Indian journal of veterinary science and animal husbandry - Volume 12,
Year: 1942
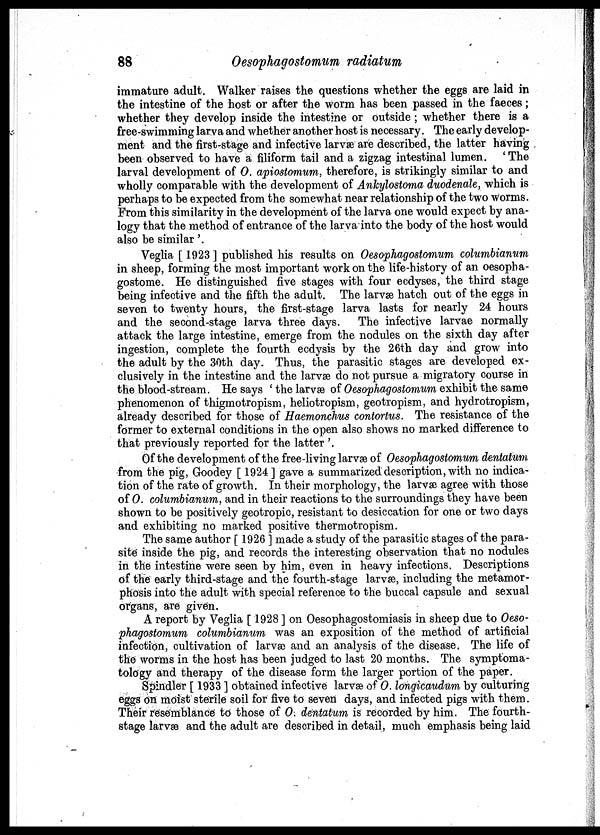
88
Oesophagostomum radiatum
immature adult. Walker raises the questions whether the eggs are laid in
the intestine of the host or after the worm has been passed in the faeces;
whether they develop inside the intestine or outside ; whether there is a
free -swimming larva and whether another host is necessary. The early develop-
ment and the first-stage and infective larvæ are described, the latter having
been observed to have a filiform tail and a zigzag intestinal lumen. ' The
larval development of O. apiostomum, therefore, is strikingly similar to and
wholly comparable with the development of Ankylostoma duodenale, which is
perhaps to be expected from the somewhat near relationship of the two worms.
From this similarity in the development of the larva one would expect by ana-
logy that the method of entrance of the larva into the body of the host would
also be similar'.
Veglia [ 1923 ] published his results on Oesophagostomum columbianum
in sheep, forming the most important work on the life-history of an oesopha¬
gostome. He distinguished five stages with four ecdyses, the third stage
being infective and the fifth the adult. The larvæ hatch out of the eggs in
seven to twenty hours, the first-stage larva lasts for nearly 24 hours
and the second-stage larva three days. The infective larvae normally
attack the large intestine, emerge from the nodules on the sixth day after
ingestion, complete the fourth ecdysis by the 26th day and grow into
the adult by the 30th day. Thus, the parasitic stages are developed ex-
clusively in the intestine and the larvae do not pursue a migratory course in
the blood-stream. He says ' the larvæ of Oesophagostomum exhibit the same
phenomenon of thigmotropism, heliotropism, geotropism, and hydrotropism,
already described for those of Haemonchus contortus. The resistance of the
former to external conditions in the open also shows no marked difference to
that previously reported for the latter '.
Of the development of the free-living larvæ of Oesophagostomum dentatum
from the pig, Goodey [ 1924] gave a summarized description, with no indica-
tion of the rate of growth. In their morphology, the larvæ agree with those
of O. columbianum, and in their reactions to the surroundings they have been
shown to be positively geotropic, resistant to desiccation for one or two days
and exhibiting no marked positive thermotropism.
The same author [ 1926 ] made a study of the parasitic stages of the para-
site inside the pig, and records the interesting observation that no nodules
in the intestine were seen by him, even in heavy infections. Descriptions
of the early third-stage and the fourth-stage larvæ, including the metamor-
phosis into the adult with special reference to the buccal capsule and sexual
organs, are given.
A report by Veglia [ 1928 ] on Oesophagostomiasis in sheep due to Oeso-
phagostomum columbianum was an exposition of the method of artificial
infection, cultivation of larvæ and an analysis of the disease. The life of
the worms in the host has been judged to last 20 months. The symptoma-
tology and therapy of the disease form the larger portion of the paper.
Spindler [ 1933 ] obtained infective larvæ of O. longicaudum by culturing
eggs on moist sterile soil for five to seven days, and infected pigs with them.
Their resemblance to those of O. dentatum is recorded by him. The fourth-
stage larvæ and the adult are described in detail, much emphasis being laid